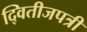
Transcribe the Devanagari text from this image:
द्वितीजपत्री